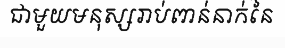
ជាមួយមនុស្សរាប់ពាន់នាក់នៃ